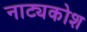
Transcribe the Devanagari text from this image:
नाट्यकोश